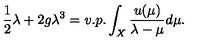
\frac 1 2 \lambda + 2 g \lambda ^ { 3 } = v . p . \int _ { X } \frac { u ( \mu ) } { \lambda - \mu } d \mu .